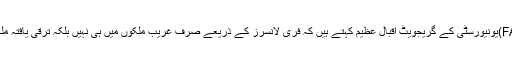
فل ٹائم فری لانسر اور فاسٹ (FAST)یونیورسٹی کے گریجویٹ اقبال عظیم کہتے ہیں کہ فری لانسرز کے ذریعے صرف غریب ملکوں میں ہی نہیں بلکہ ترقی یافتہ ملکوں میں بھی ڈالر کمائے جاتے ہیں۔